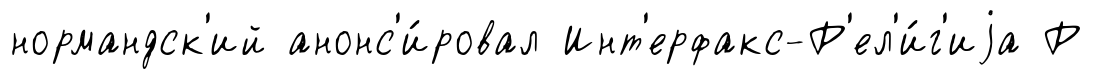
нормандск'ий анонс'и́ровал Инт'ерфакс-Р'ел'и́г'иjа Р